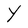
Character: Y